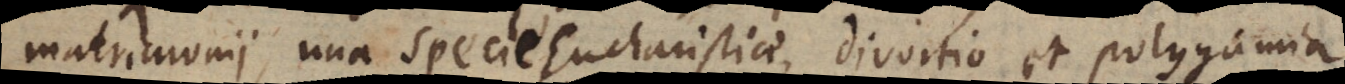
atrimonii, una specie Eucharistiae, divortio et polygamia